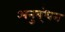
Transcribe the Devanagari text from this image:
अनुब्ंधन